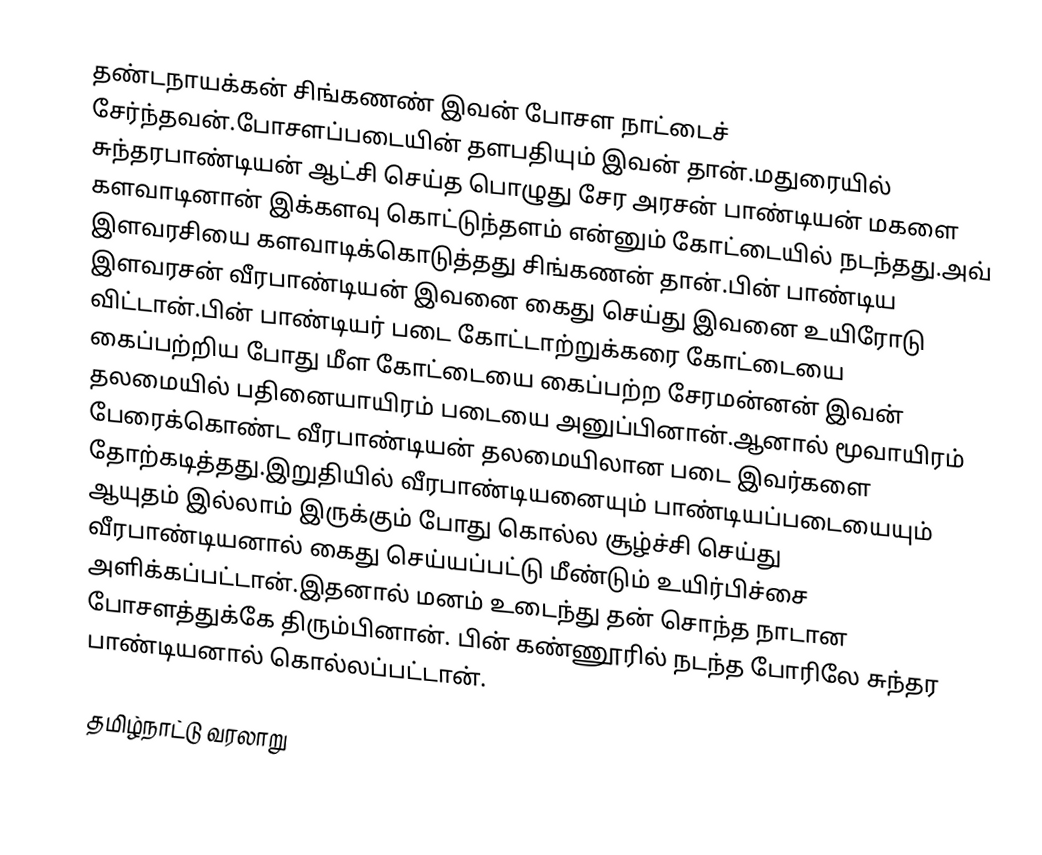
தண்டநாயக்கன் சிங்கணண் இவன் போசள நாட்டைச் சேர்ந்தவன்.போசளப்படையின் தளபதியும் இவன் தான்.மதுரையில் சுந்தரபாண்டியன் ஆட்சி செய்த பொழுது சேர அரசன் பாண்டியன் மகளை களவாடினான் இக்களவு கொட்டுந்தளம் என்னும் கோட்டையில் நடந்தது.அவ் இளவரசியை களவாடிக்கொடுத்தது சிங்கணன் தான்.பின் பாண்டிய இளவரசன் வீரபாண்டியன் இவனை கைது செய்து இவனை உயிரோடு விட்டான்.பின் பாண்டியர் படை கோட்டாற்றுக்கரை கோட்டையை கைப்பற்றிய போது மீள கோட்டையை கைப்பற்ற சேரமன்னன் இவன் தலமையில் பதினையாயிரம் படையை அனுப்பினான்.ஆனால் மூவாயிரம் பேரைக்கொண்ட வீரபாண்டியன் தலமையிலான படை இவர்களை தோற்கடித்தது.இறுதியில் வீரபாண்டியனையும் பாண்டியப்படையையும் ஆயுதம் இல்லாம் இருக்கும் போது கொல்ல சூழ்ச்சி செய்து வீரபாண்டியனால் கைது செய்யப்பட்டு மீண்டும் உயிர்பிச்சை அளிக்கப்பட்டான்.இதனால் மனம் உடைந்து தன் சொந்த நாடான போசளத்துக்கே திரும்பினான். பின் கண்ணூரில் நடந்த போரிலே சுந்தர பாண்டியனால் கொல்லப்பட்டான்.

தமிழ்நாட்டு வரலாறு